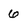
Character: 6